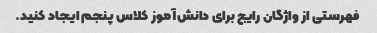
فهرستی از واژگان رایج برای دانش‌آموز کلاس پنجم ایجاد کنید.